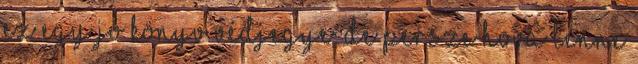
ez egy jó könyv védjegye. De persze hova lenne